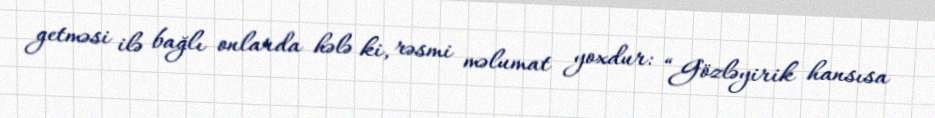
getməsi ilə bağlı onlarda hələ ki, rəsmi məlumat yoxdur: “Gözləyirik hansısa